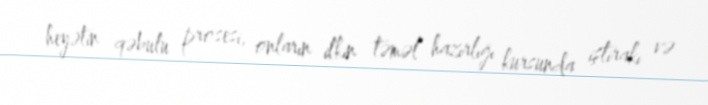
heyətin qəbulu prosesi, onların ilkin təməl hazırlığı kursunda iştirakı və